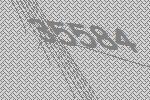
35584